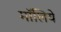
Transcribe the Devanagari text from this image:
मॉलिये